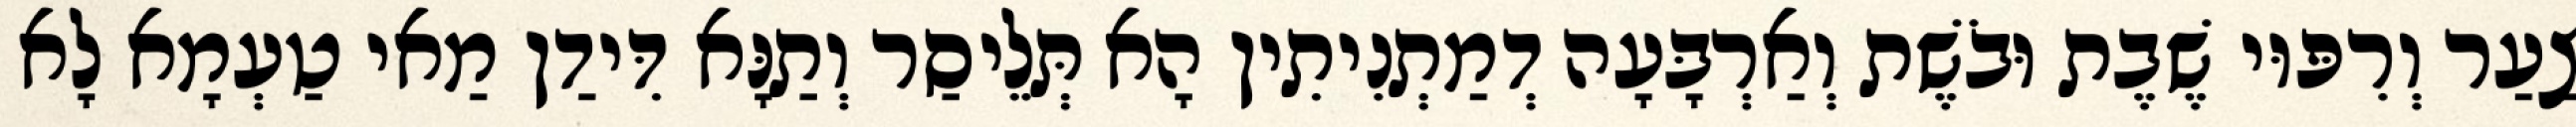
צַעַר וְרִפּוּי שֶׁבֶת וּבֹשֶׁת וְאַרְבָּעָה דְמַתְנִיתִין הָא תְּלֵיסַר וְתַנָּא דִּידַן מַאי טַעְמָא לָא